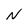
Character: N